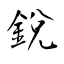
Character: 銳